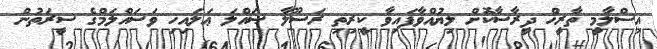
އިސްލާމީ ތާރީޚް ދީރާސާކޮށް ލިޔުއްވާފައިވާ ކީރިތި ރަސޫލާ ޞައްލަ ޢަލައިހި ވަސައްލަމްގެ ސީރަތުން